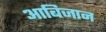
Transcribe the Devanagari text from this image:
आबिजान